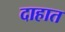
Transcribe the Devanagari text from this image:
दाहात